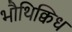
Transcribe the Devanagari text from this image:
भौथिक्विध